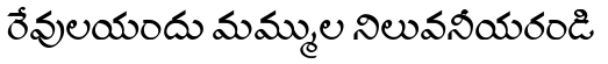
రేవులయందు మమ్ముల నిలువనీయరండి